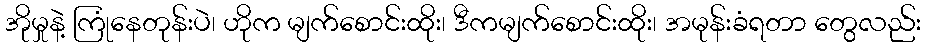
အိုမှုနဲ့ ကြုံနေတုန်းပဲ၊ ဟိုက မျက်စောင်းထိုး၊ ဒီကမျက်စောင်းထိုး၊ အမုန်းခံရတာ တွေလည်း